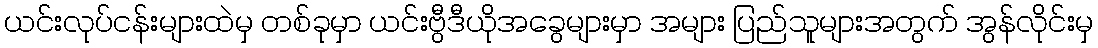
ယင်းလုပ်ငန်းများထဲမှ တစ်ခုမှာ ယင်းဗွီဒီယိုအခွေများမှာ အများ ပြည်သူများအတွက် အွန်လိုင်းမှ